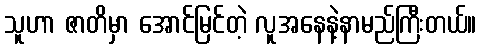
သူဟာ ဇာတိမှာ အောင်မြင်တဲ့ လူအနေနဲ့နာမည်ကြီးတယ်။